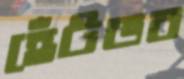
হেঁটডব